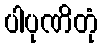
ပါပုဏိတုံ